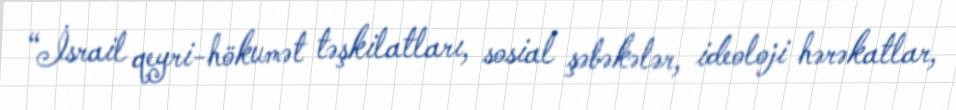
“İsrail qeyri-hökumət təşkilatları, sosial şəbəkələr, ideoloji hərəkatlar,